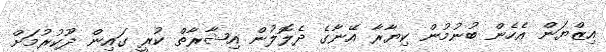
އިޒްޔަން އެހެން ބުނުމުން ކިޔާރާ އޭނާގެ ދެލޮލުން އިޝާރާތް ކުރީ ގައިން ދޫކުރުމަށް